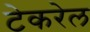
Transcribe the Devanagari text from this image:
टेकरेल